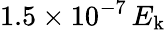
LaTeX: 1.5\times 10^{-7}\, E_{\mathrm{k}}